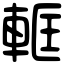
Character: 軭